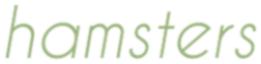
hamsters